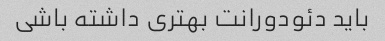
باید دئودورانت بهتری داشته باشی